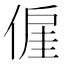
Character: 𬿍